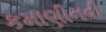
કમાણીનવી